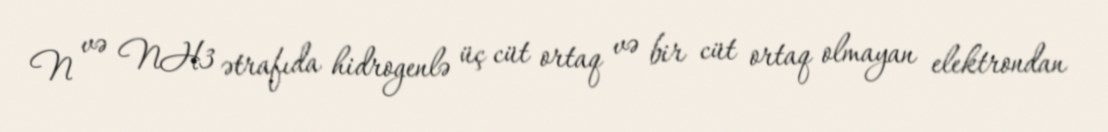
N və NH3 ətrafıda hidrogenlə üç cüt ortaq və bir cüt ortaq olmayan elektrondan